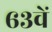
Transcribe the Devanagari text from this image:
६३वें